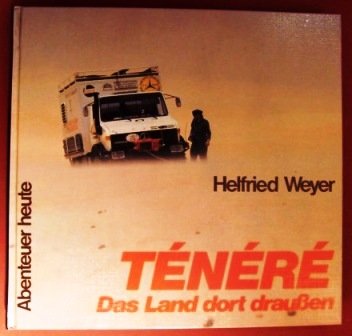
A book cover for Tenere: D. Land dort draussen (Abenteuer heute) (German Edition); Helfried Weyer; Travel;